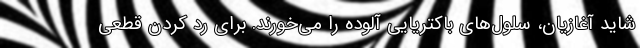
شاید آغازیان، سلول‌های باکتریایی آلوده را می‌خورند. برای رد کردن قطعی